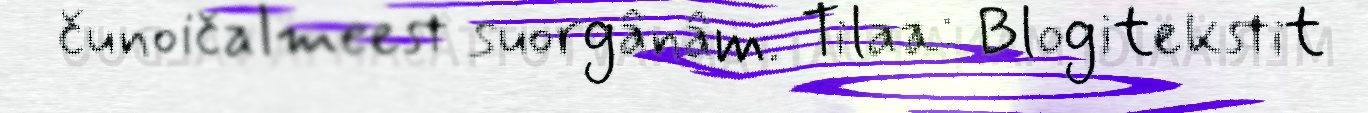
čunoičalmeest suorgânâm. Tilaa: Blogitekstit